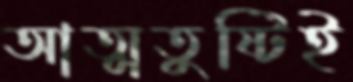
আত্মতুষ্টিই